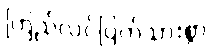
ကြည်လင်ပြတ်သားစွာ